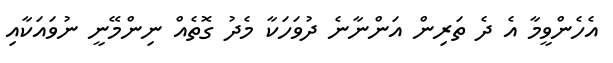
އެހެންވީމާ އެ ދެ ތަރިން އަންނާނެ ދުވަހަކާ މެދު ގޮތެއް ނިންމޭނީ ނުވައަކާއި